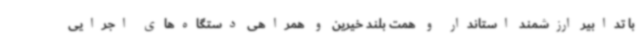
با تدابیر ارزشمند استاندار و همت بلند خیرین و همراهی دستگاه‌های اجرایی